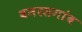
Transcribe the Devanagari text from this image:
बनरसगांव